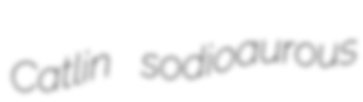
Catlin sodioaurous